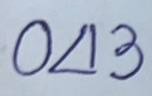
043